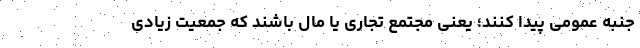
جنبه عمومی پیدا کنند؛ یعنی مجتمع تجاری یا مال باشند که جمعیت زیادی